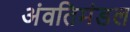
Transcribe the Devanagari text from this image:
अंवतिमंडल